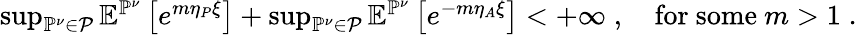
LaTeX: \begin{array}{r}{\operatorname*{sup}_{\mathbb{P}^{\nu}\in\mathcal{P}}\mathbb{E}^{\mathbb{P}^{\nu}}\left[e^{m\eta_{P}\xi}\right]+\operatorname*{sup}_{\mathbb{P}^{\nu}\in\mathcal{P}}\mathbb{E}^{\mathbb{P}^{\nu}}\left[e^{-m\eta_{A}\xi}\right]<+\infty\; ,\quad\mathrm{for~some~}m>1\; .}\end{array}